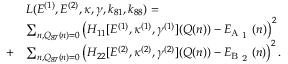
\begin{array} { r l } & { L ( E ^ { ( 1 ) } , E ^ { ( 2 ) } , \boldsymbol { \kappa } , \boldsymbol { \gamma } , \boldsymbol { k } _ { 8 1 } , \boldsymbol { k } _ { 8 8 } ) = } \\ & { \sum _ { n , Q _ { 8 7 } ( n ) = 0 } \left( H _ { 1 1 } [ E ^ { ( 1 ) } , \boldsymbol { \kappa } ^ { ( 1 ) } , \boldsymbol { \gamma } ^ { ( 1 ) } ] ( \boldsymbol { Q } ( n ) ) - E _ { \mathrm { A \textsubscript { 1 } } } ( n ) \right) ^ { 2 } } \\ { + } & { \sum _ { n , Q _ { 8 7 } ( n ) = 0 } \left( H _ { 2 2 } [ E ^ { ( 2 ) } , \boldsymbol { \kappa } ^ { ( 2 ) } , \boldsymbol { \gamma } ^ { ( 2 ) } ] ( \boldsymbol { Q } ( n ) ) - E _ { \mathrm { B \textsubscript { 2 } } } ( n ) \right) ^ { 2 } . } \end{array}